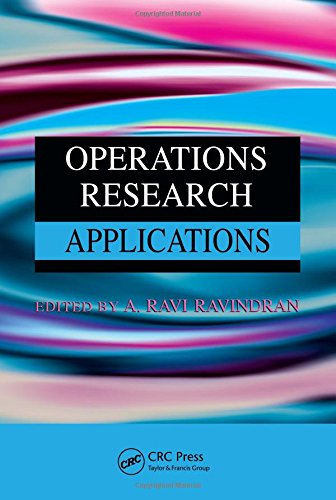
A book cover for Operations Research Applications (Operations Research Series); Business & Money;